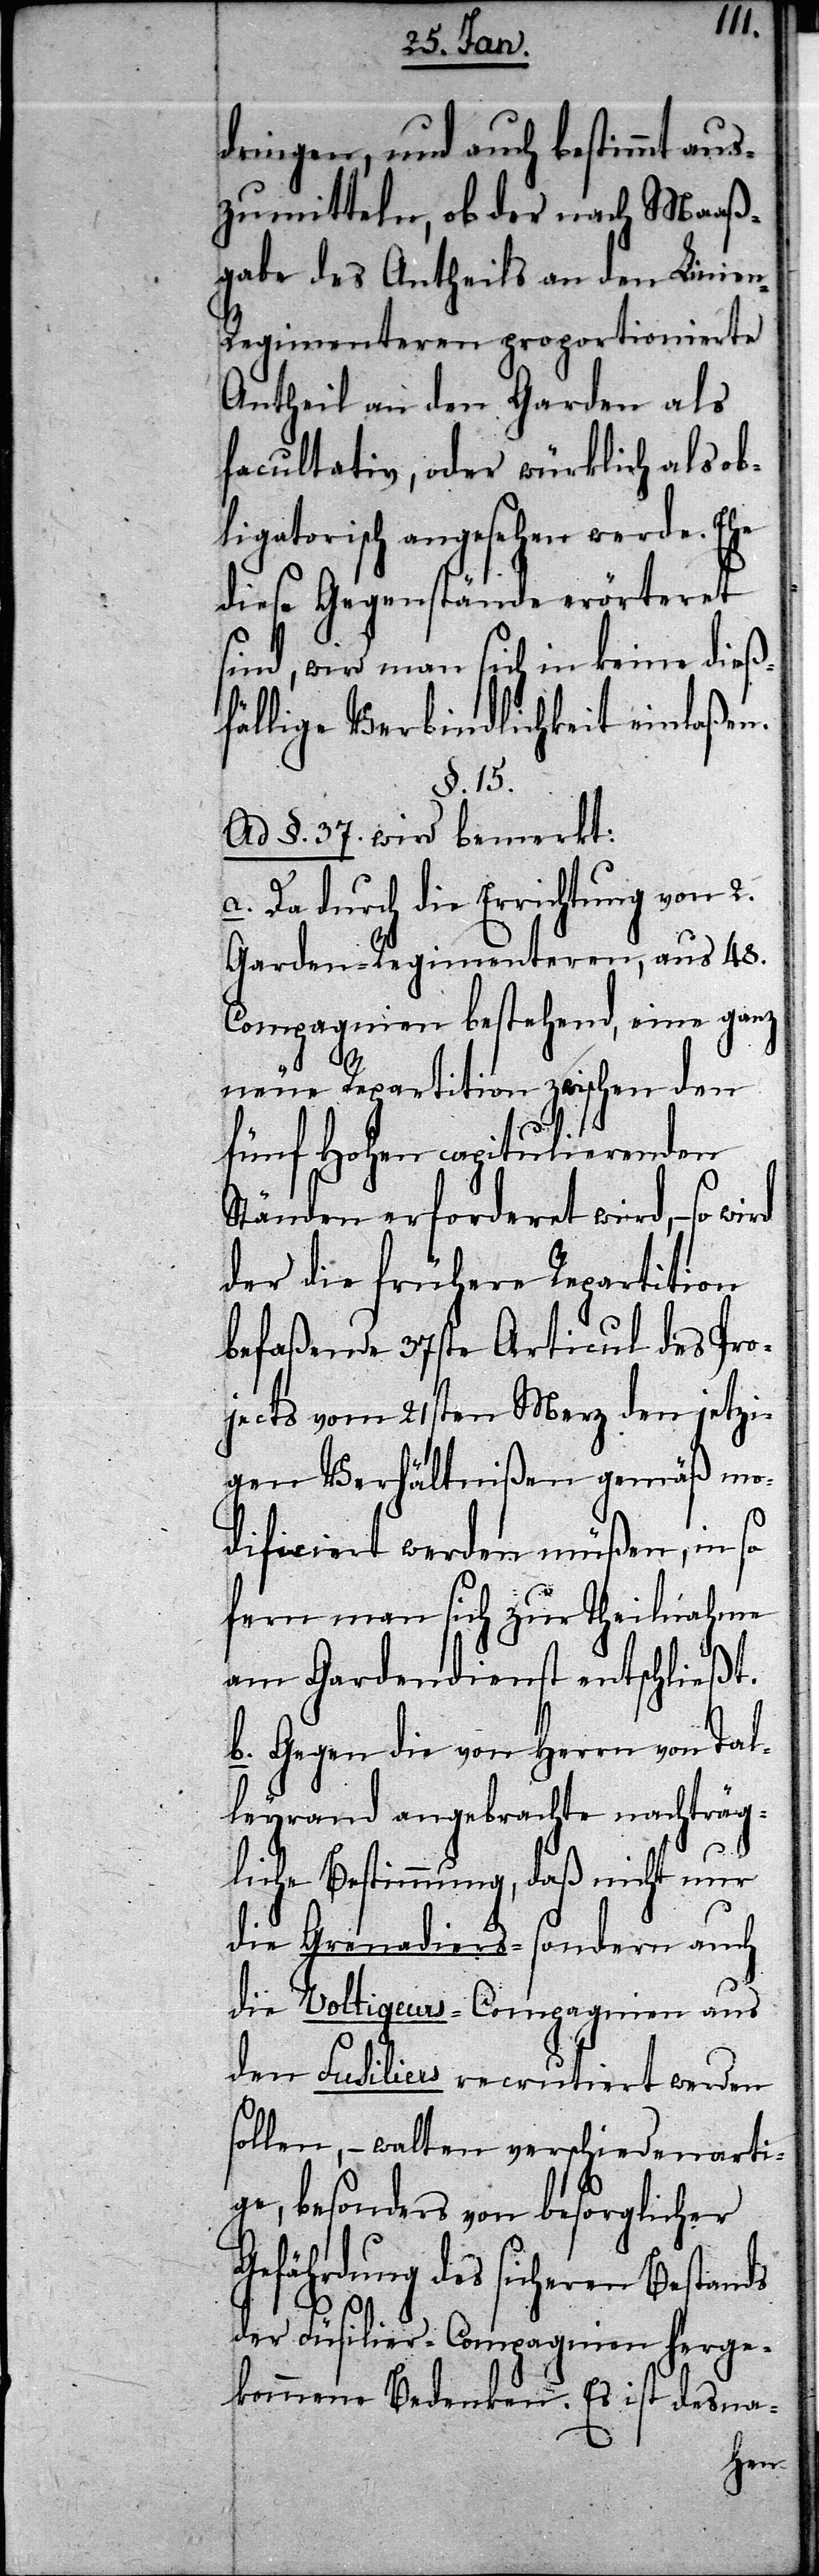
dringen, und auch bestimmt aus¬
zumitteln, ob der nach Maaß¬
gabe des Antheils an den Linie¬
n-Regimenteren proportionierte
Antheil an den Garden als
facultativ, oder würklich als ob¬
ligatorisch angesehen werde. Ehe
diese Gegenstände erörtert
sind, wird man sich in keine dieß¬
fällige Verbindlichkeit einlaßen.
§.15.
Ad §. 37. wird bemerkt:
a. Da durch die Errichtung von 2.
Garden-Regimenteren, aus 48.
Compagnien bestehend, eine ganz
neue Repartition zwischen den
fünf Hohen capitulierenden
Ständen erforderet wird, – so
der die frühere Repartition
befaßende 37ste Articul des Pro¬
jects vom 21sten Merz den jetzi¬
gen Verhältnißen gemäß mo¬
dificiert werden müßen, in so
fern man sich zur Theilnahme
am Gardendienst entschließt.
b. Gegen die von Herrn von Tal¬
leyrand angebrachte nachträg¬
liche Bestimmung, daß nicht nur
die Grenadiers- sondern auch
die Voltigeurs- Compagnien aus
den Fusiliers recrutiert werden
sollen, – walten verschiedenarti¬
ge, besonders von besorglicher
Gefährdung des sicheren Bestands
der Füsilier-Compagnien herge¬
kommene Bedenken. Es ist desna-